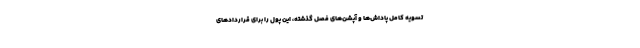
تسویه کامل پاداش‌ها و آپشن‌های فصل گذشته، این پول را برای قراردادهای